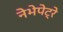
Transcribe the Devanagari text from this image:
नेभेपेट्रे